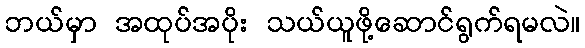
ဘယ်မှာ အထုပ်အပိုး သယ်ယူဖို့ဆောင်ရွက်ရမလဲ။